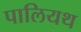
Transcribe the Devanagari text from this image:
पालियथ